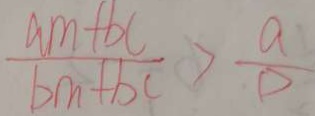
\frac { a m + b c } { b m + b c } > \frac { a } { D }